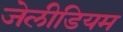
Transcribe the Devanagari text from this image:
जेलीडियम